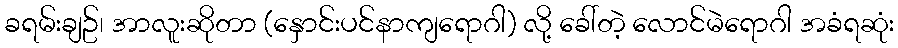
ခရမ်းချဥ်၊ အာလူးဆိုတာ (နှောင်းပင်နာကျရောဂါ) လို့ ခေါ်တဲ့ လောင်မဲရောဂါ အခံရဆုံး